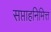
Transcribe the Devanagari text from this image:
सप्ताहनिमित्त